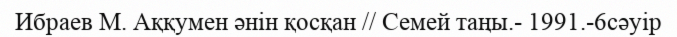
Ибраев М. Аққумен әнін қосқан // Семей таңы.- 1991.-6сәуір